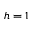
h = 1